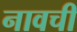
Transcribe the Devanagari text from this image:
नावची